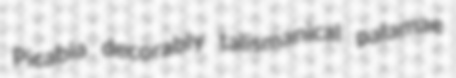
Picabia decorably talismanical palamae